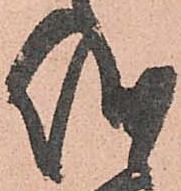
儀